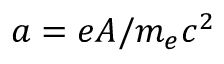
a = e A / m _ { e } c ^ { 2 }